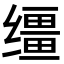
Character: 缰